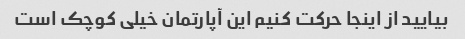
بیایید از اینجا حرکت کنیم این آپارتمان خیلی کوچک است